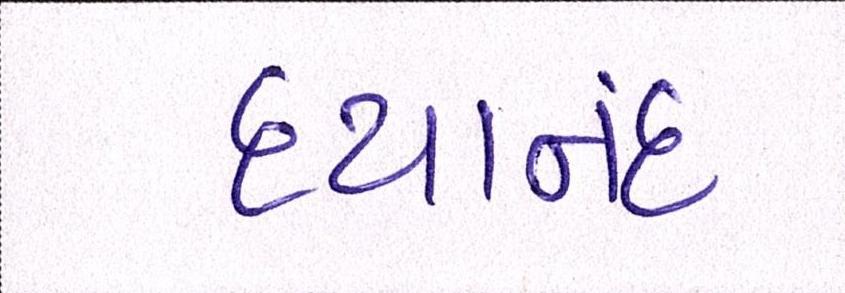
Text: દયાનંદ